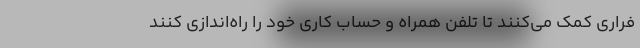
فراری کمک می‌کنند تا تلفن همراه و حساب کاری خود را راه‌اندازی کنند